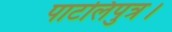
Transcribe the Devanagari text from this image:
पाटलिपुत्र।